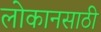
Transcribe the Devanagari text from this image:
लोकानसाठी